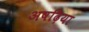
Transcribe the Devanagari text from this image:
अषढ़िया